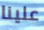
علينا